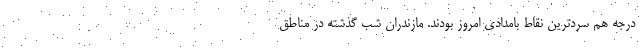
درجه هم سردترین نقاط بامدادی امروز بودند. مازندران شب گذشته در مناطق